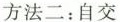
方法二：自交